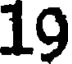
19